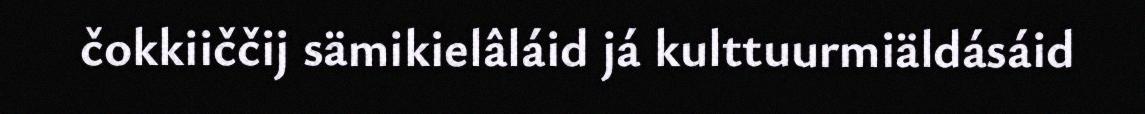
čokkiiččij sämikielâláid já kulttuurmiäldásáid